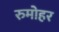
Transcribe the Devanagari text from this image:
रुमोहर